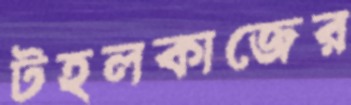
টহলকাজের